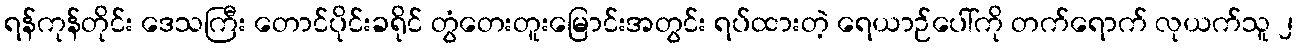
ရန်ကုန်တိုင်း ဒေသကြီး တောင်ပိုင်းခရိုင် တွံတေးတူးမြောင်းအတွင်း ရပ်ထားတဲ့ ရေယာဉ်ပေါ်ကို တက်ရောက် လုယက်သူ ၂